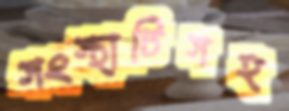
সংস্থাটিসহ